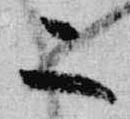
二